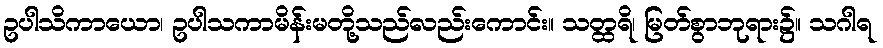
ဥပါသိကာယော၊ ဥပါသကာမိန်းမတို့သည်လည်းကောင်း။ သတ္ထရိ၊ မြတ်စွာဘုရား၌။ သဂါရ